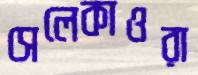
সেলেকাওরা